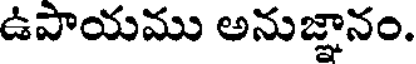
ఉపాయము అనుజ్ఞానం.